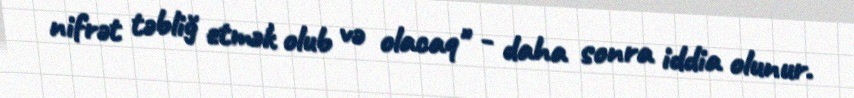
nifrət təbliğ etmək olub və olacaq" - daha sonra iddia olunur.